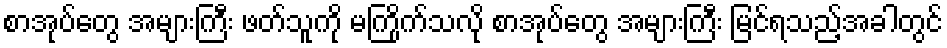
စာအုပ်တွေ အများကြီး ဖတ်သူကို မကြိုက်သလို စာအုပ်တွေ အများကြီး မြင်ရသည့်အခါတွင်